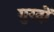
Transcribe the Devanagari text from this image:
गुरदों